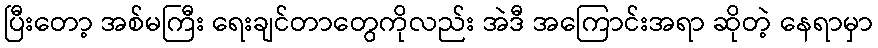
ပြီးတော့ အစ်မကြီး ရေးချင်တာတွေကိုလည်း အဲဒီ အကြောင်းအရာ ဆိုတဲ့ နေရာမှာ